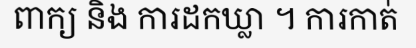
ពាក្យ និង ការដកឃ្លា ។ ការកាត់